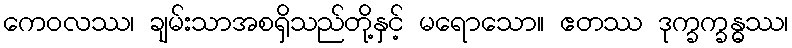
ကေဝလဿ၊ ချမ်းသာအစရှိသည်တို့နှင့် မရောသော။ ဧတဿ ဒုက္ခက္ခန္ဓဿ၊